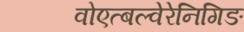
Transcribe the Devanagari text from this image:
वोएत्बल्वेरेनिगिङ